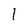
Character: 1